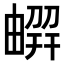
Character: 𠟳